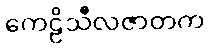
ကေဠိသီလဇာတက